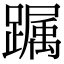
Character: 𨅛